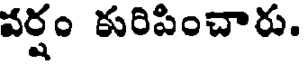
వర్షం కురిపించారు.